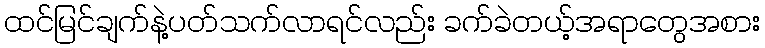
ထင်မြင်ချက်နဲ့ပတ်သက်လာရင်လည်း ခက်ခဲတယ့်အရာတွေအစား